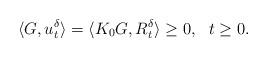
LaTeX: \begin{align*} \langle G, u_t^{\delta}\rangle = \langle K_0G, R_t^{\delta}\rangle \geq 0, \ \ t \geq 0. \end{align*}